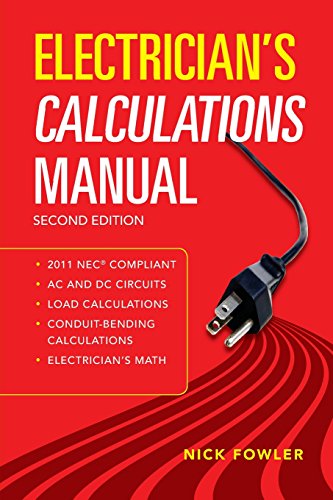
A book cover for Electrician's Calculations Manual, Second Edition; Nick Fowler; Test Preparation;